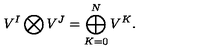
V ^ { I } \bigotimes V ^ { J } = \bigoplus _ { K = 0 } ^ { N } V ^ { K } .